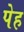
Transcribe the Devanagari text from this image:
पेह